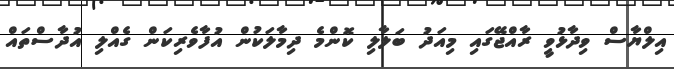
އިލްޔާސް ވިދާޅުވީ ރާއްޖޭގައި މިއަދު ބަލާލި ކޮންމެ ދިމާލަކުން އުފާވެރިކަން ގެއްލި އުދާސްތައް